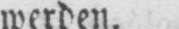
werden.